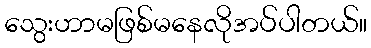
သွေးဟာမဖြစ်မနေလိုအပ်ပါတယ်။